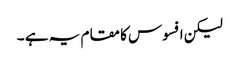
لیکن افسوس کا مقام یہ ہے ۔